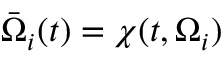
\bar { \Omega } _ { i } ( t ) = \boldsymbol { \chi } ( t , \Omega _ { i } )